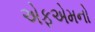
એફએમનો